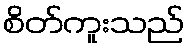
စိတ်ကူးသည်